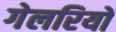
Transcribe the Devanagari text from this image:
गेलरियों